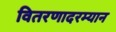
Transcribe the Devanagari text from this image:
वितरणादरम्यान